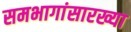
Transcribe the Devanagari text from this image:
समभागांसारख्या